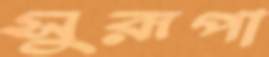
সুরূপা